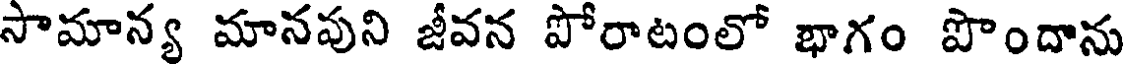
సామాన్య మానపుని జీవన పోరాటంలో భాగం పొందాను